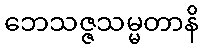
ဘေသဇ္ဇသမ္မတာနိ